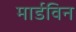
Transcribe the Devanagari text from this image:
मार्डविन